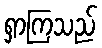
ရှာကြသည်